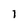
Character: 1